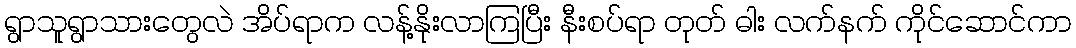
ရွာသူရွာသားတွေလဲ အိပ်ရာက လန့်နိုးလာကြပြီး နီးစပ်ရာ တုတ် ဓါး လက်နက် ကိုင်ဆောင်ကာ